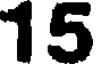
15